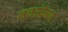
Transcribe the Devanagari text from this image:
जनसंप्रेषण